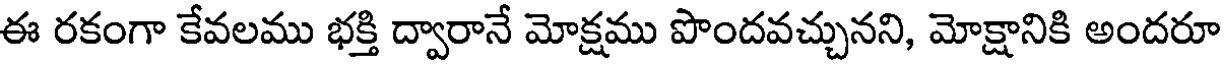
ఈ రకంగా కేవలము భక్తి ద్వారానే మోక్షము పొందవచ్చునని, మోక్షానికి అందరూ